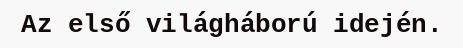
Az első világháború idején.